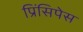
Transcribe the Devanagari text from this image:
प्रिंसिपेस